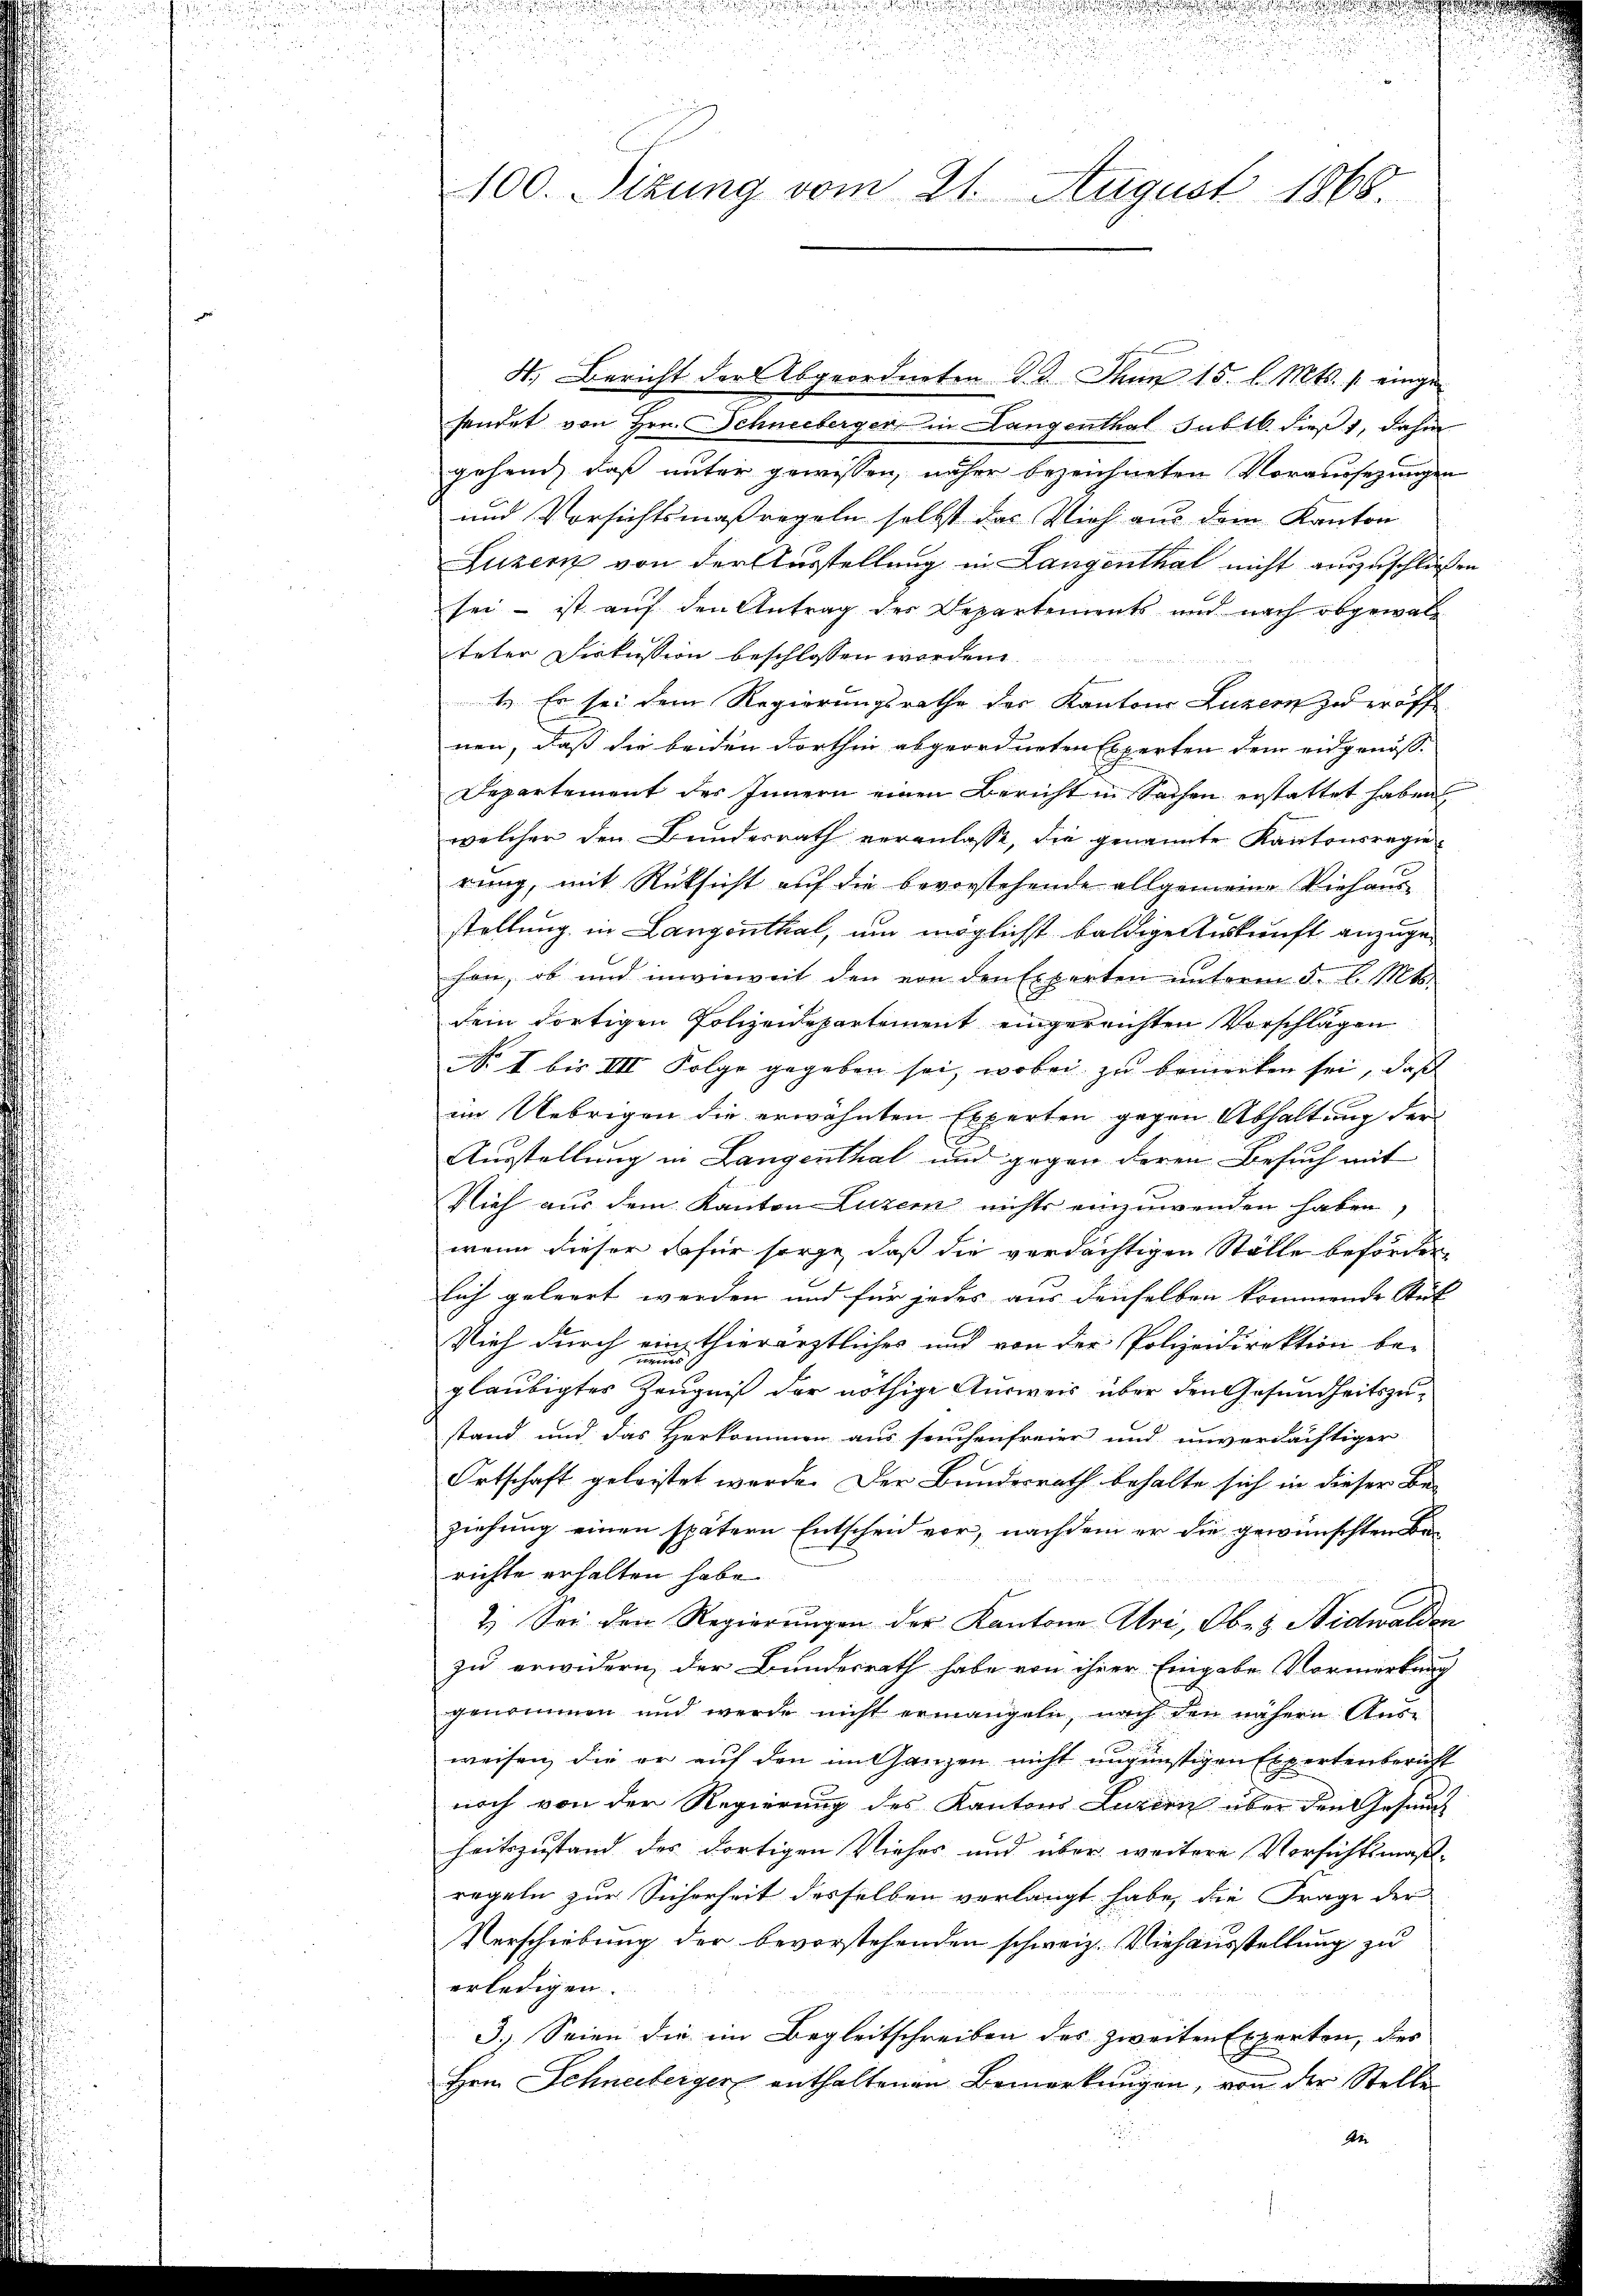
100. Situng vom 21. August 1868.

4. Bericht der Abgeordneten d. d. Jhnn 15. l. Mts. 1. eingehandet von Hrn. Schneeberger in Langenthal subtb. dieß, dahin
gehend, daß unter gewissen, näher bezeichneten Voraussezungen
und Versichtsmaßregeln selbst das Vieh aus dem Kanton
Luzern von der Ausstellung in Langenthal nicht auszuschließen
sei – ist auf den Antrag des Departements und nach abgewal
teter Diskussion beschlossen worden
1
1. Er sei dem Regierungsrathe des Kantons Luzern zu eröff
nen, daß die beiden dorthin abgeordneten Experten dem eidgenösse
Departement des Innern einen Bericht in Sachen erstattet haben
welcher den Bundesrath veranlasse, die genannte Kantonsregierung, mit Rücksicht auf die bevorstehende allgemeine Viehaus
stellung in Langenthal, um möglichst baldige Auskunft anzugehan, ob und inwieweit den von den Experten unterm 3. l. Mts.
dem dortigen Polizeidepartement eingereichten Vorschlägen
No I bis III Folge gegeben sei, wobei zu bemerken sei, daß
im Uebrigen die erwähnten Experten gegen Abhaltung der
u
Ausstellung in Langenthal und gegen deren Besuch mit
Vieh aus dem Kanton Luzern nichts einzuwenden haben,
wenn dieser dafür sorge, daß die verdächtigen Ställe beförden,
lich geleert werden und für jedes aus denselben kommende Stüt
Vieh durch ein thierärztliches und von der Polizeidirektion be-
gläubigtes Zeugniß der nöthige Ausweis über den Gesundheitszustand und das Herkommen aus seuchenfreier und unverdächtiger
Ortschaft geleistet werde. Der Bundesrath behalte sich in dieser Be-
ziehung einen spätern Entscheid vor, nachdem er die gewünschten Berichte erhalten habe.
2. Sei den Regierŭngen der Kantone Abri, Ober Nidwalden
zu erwidern, der Bundesrath habe von ihrer Eingabe Vormerkung
genommen und werde nicht ermangeln, nach den nähern Aus-
weisen, die er auf den im Ganzen nicht ungünstigen Expertenbericht
noch von der Regierung des Kantons Luzern über den Gesund
heitszustand des dortigen Vieher und über weitere Vorsichtsmaßregeln zur Sicherheit desselben verlangt habe, die Frage der
Verschiebung der bevorstehenden schweiz. Viehausstellung zu
erledigen.
3.) Seien die im Begleitschreiben des zweiten Experten, des
Hrn. Schneeberger enthaltenen Bemerkungen, von der Stelle
e